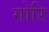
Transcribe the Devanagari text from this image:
गोरि